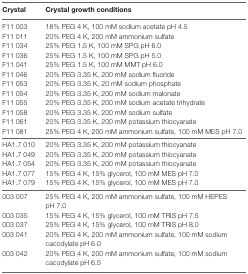
<table><thead><tr><td><b>Crystal</b></td><td><b>Crystal growth conditions</b></td></tr></thead><tbody><tr><td>F11 003</td><td>18% PEG 4 K, 100 mM sodium acetate pH 4.5</td></tr><tr><td>F11 011</td><td>20% PEG 4 K, 200 mM ammonium sulfate</td></tr><tr><td>F11 034</td><td>25% PEG 1.5 K, 100 mM SPG pH 6.0</td></tr><tr><td>F11 036</td><td>25% PEG 1.5 K, 100 mM SPG pH 5.0</td></tr><tr><td>F11 041</td><td>25% PEG 1.5 K, 100 mM MMT pH 6.0</td></tr><tr><td>F11 046</td><td>20% PEG 3.35 K, 200 mM sodium fluoride</td></tr><tr><td>F11 053</td><td>20% PEG 3.35 K, 20 mM sodium phosphate</td></tr><tr><td>F11 054</td><td>20% PEG 3.35 K, 200 mM sodium malonate</td></tr><tr><td>F11 055</td><td>20% PEG 3.35 K, 200 mM sodium acetate trihydrate</td></tr><tr><td>F11 058</td><td>20% PEG 3.35 K, 200 mM sodium sulfate</td></tr><tr><td>F11 061</td><td>20% PEG 3.35 K, 200 mM potassium thiocyanate</td></tr><tr><td>F11 081</td><td>25% PEG 4 K, 200 mM ammonium sulfate, 100 mM MES pH 7.0</td></tr><tr><td>HA1.7 010</td><td>20% PEG 3.35 K, 200 mM potassium thiocyanate</td></tr><tr><td>HA1.7 049</td><td>20% PEG 3.35 K, 200 mM potassium thiocyanate</td></tr><tr><td>HA1.7 054</td><td>20% PEG 3.35 K, 200 mM potassium thiocyanate</td></tr><tr><td>HA1.7 077</td><td>15% PEG 4 K, 15% glycerol, 100 mM MES pH 7.0</td></tr><tr><td>HA1.7 079</td><td>15% PEG 4 K, 15% glycerol, 100 mM MES pH 7.0</td></tr><tr><td>003 007</td><td>25% PEG 4 K, 200 mM ammonium sulfate, 100 mM HEPES pH 7.0</td></tr><tr><td>003 035</td><td>15% PEG 4 K, 15% glycerol, 100 mM TRIS pH 7.5</td></tr><tr><td>003 037</td><td>25% PEG 4 K, 15% glycerol, 100 mM TRIS pH 8.0</td></tr><tr><td>003 041</td><td>20% PEG 4 K, 200 mM ammonium sulfate, 100 mM sodium cacodylate pH 6.0</td></tr><tr><td>003 042</td><td>20% PEG 4 K, 200 mM ammonium sulfate, 100 mM sodium cacodylate pH 6.5</td></tr></tbody></table>